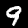
Label: 9